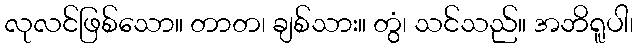
လုလင်ဖြစ်သော။ တာတ၊ ချစ်သား။ တွံ၊ သင်သည်။ အဘိရူပါ၊